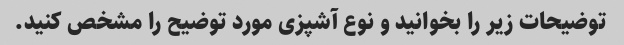
توضیحات زیر را بخوانید و نوع آشپزی مورد توضیح را مشخص کنید.